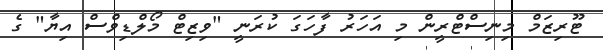
ޓޫރިޒަމް މިނިސްޓްރީން މި އަހަރު ފާހަގަ ކުރަނީ "ވިޒިޓް މޯލްޑިވްސް އިޔާ" ގެ